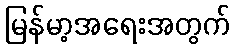
မြန်မာ့အရေးအတွက်